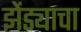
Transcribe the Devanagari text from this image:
झेंड्याचा